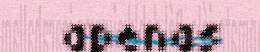
apenas